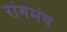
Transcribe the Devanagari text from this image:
रांगमंच